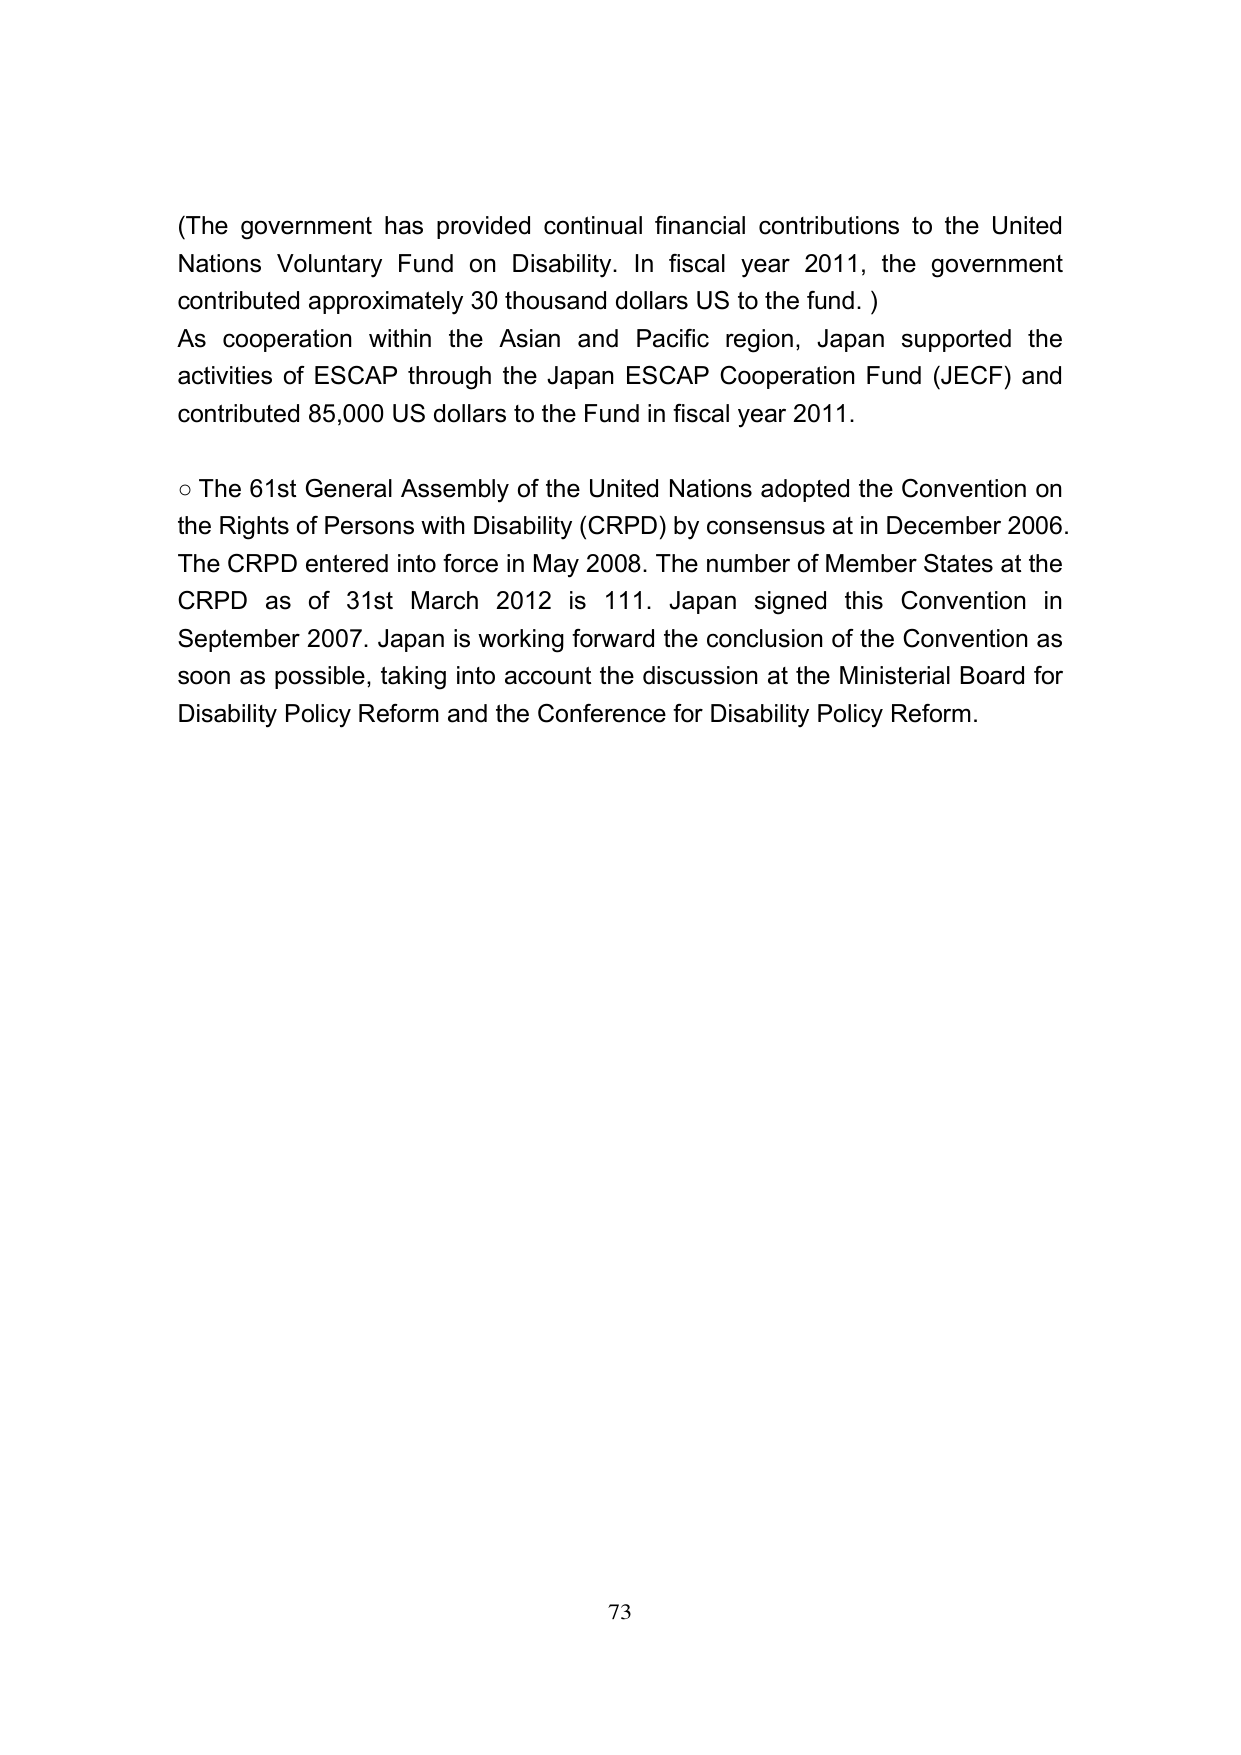
(The government has provided continual financial contributions to the United Nations Voluntary Fund on Disability. In fiscal year 2011, the government contributed approximately 30 thousand dollars US to the fund. )

As cooperation within the Asian and Pacific region, Japan supported the activities of ESCAP through the Japan ESCAP Cooperation Fund (JECF) and contributed 85,000 US dollars to the Fund in fiscal year 2011.

○ The 61st General Assembly of the United Nations adopted the Convention on the Rights of Persons with Disability (CRPD) by consensus at in December 2006. The CRPD entered into force in May 2008. The number of Member States at the CRPD as of 31st March 2012 is 111. Japan signed this Convention in September 2007. Japan is working forward the conclusion of the Convention as soon as possible, taking into account the discussion at the Ministerial Board for Disability Policy Reform and the Conference for Disability Policy Reform.

73